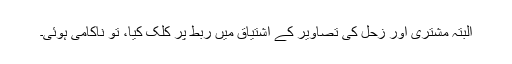
البتہ مشتری اور زحل کی تصاویر کے اشتیاق میں ربط پر کلک کیا، تو ناکامی ہوئی۔